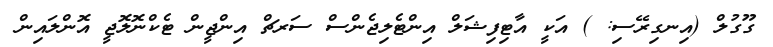
ގޫގުލް (އިނގިރޭސި: ) އަކީ އާޓިފިޝަލް އިންޓެލިޖެންސް ސަރޗް އިންޖީން ޓެކްނޮލޮޖީ އޮންލައިން